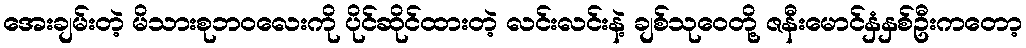
အေးချမ်းတဲ့ မိသားစုဘဝလေးကို ပိုင်ဆိုင်ထားတဲ့ လင်းလင်းနဲ့ ချစ်သုဝေတို့ ဇနီးမောင်နှံနှစ်ဦးကတော့